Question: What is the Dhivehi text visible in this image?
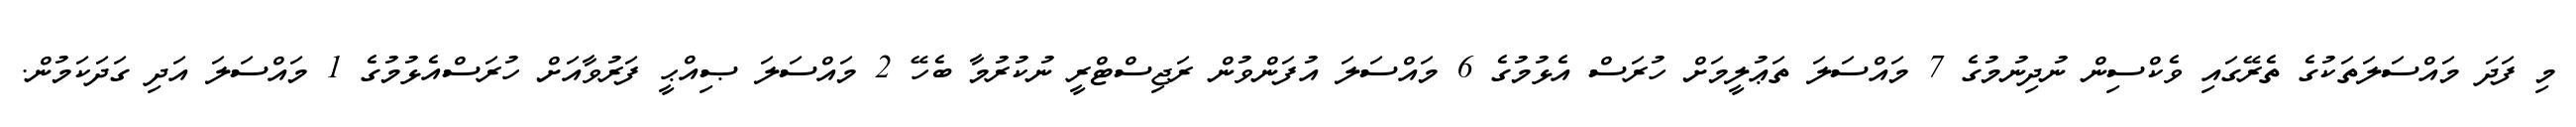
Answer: މި ފަދަ މައްސަލަތަކުގެ ތެރޭގައި ވެކްސިން ނުދިނުމުގެ 7 މައްސަލަ ތަޢުލީމަށް ހުރަސް އެޅުމުގެ 6 މައްސަލަ އުފަންވުން ރަޖިސްޓްރީ ނުކުރުމާ ބެހޭ 2 މައްސަލަ ޞިއްޙީ ފަރުވާއަށް ހުރަސްއެޅުމުގެ 1 މައްސަލަ އަދި ގަދަކަމުން.